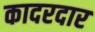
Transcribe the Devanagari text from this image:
कादरदार